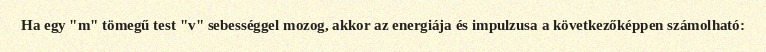
Ha egy "m" tömegű test "v" sebességgel mozog, akkor az energiája és impulzusa a következőképpen számolható: